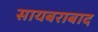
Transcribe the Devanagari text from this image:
सायबराबाद